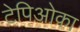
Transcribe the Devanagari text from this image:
टेपिओका